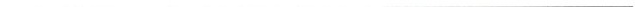
___